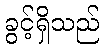
ခွင့်ရှိသည်